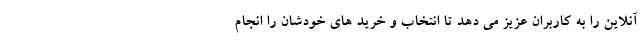
آنلاین را به کاربران عزیز می دهد تا انتخاب و خرید های خودشان را انجام